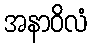
အနာဝိလံ